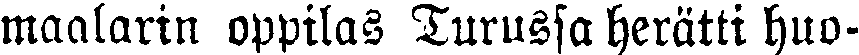
maalarin oppilas Turussa herätti huo-